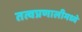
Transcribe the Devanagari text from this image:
तत्वप्रणालीमध्ये